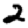
Digit: 2